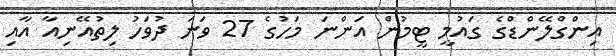
އިންގްލޭންޑްގެ ގައުމީ ޓީމުން އަންނަ މަހުގެ 27 ވަނަ ދުވަހު ލިތުއޭނިއާ އާއި